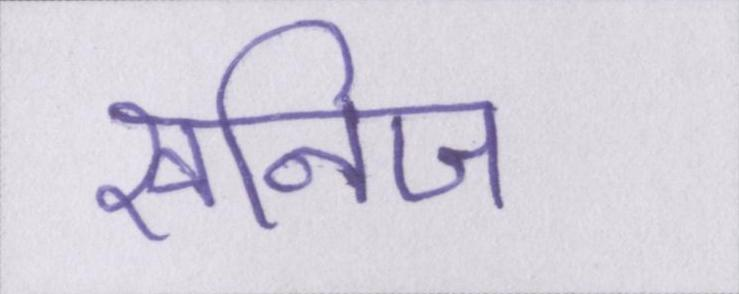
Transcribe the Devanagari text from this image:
खनिज